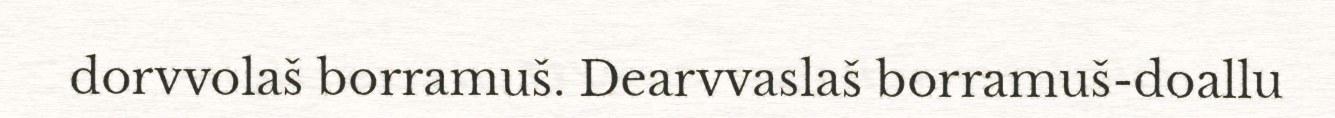
dorvvolaš borramuš. Dearvvaslaš borramuš-doallu